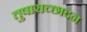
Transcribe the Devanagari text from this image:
तुषाराच्छादन